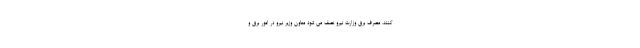
کنند. مصرف برق وزارت نیرو نصف می شود معاون وزیر نیرو در امور برق و